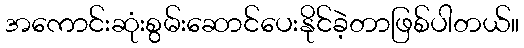
အကောင်းဆုံးစွမ်းဆောင်ပေးနိုင်ခဲ့တာဖြစ်ပါတယ်။